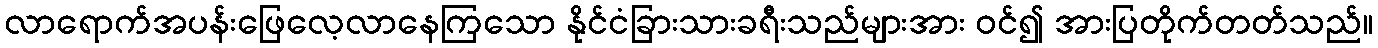
လာရောက်အပန်းဖြေလေ့လာနေကြသော နိုင်ငံခြားသားခရီးသည်များအား ဝင်၍ အားပြတိုက်တတ်သည်။